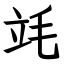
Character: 竓